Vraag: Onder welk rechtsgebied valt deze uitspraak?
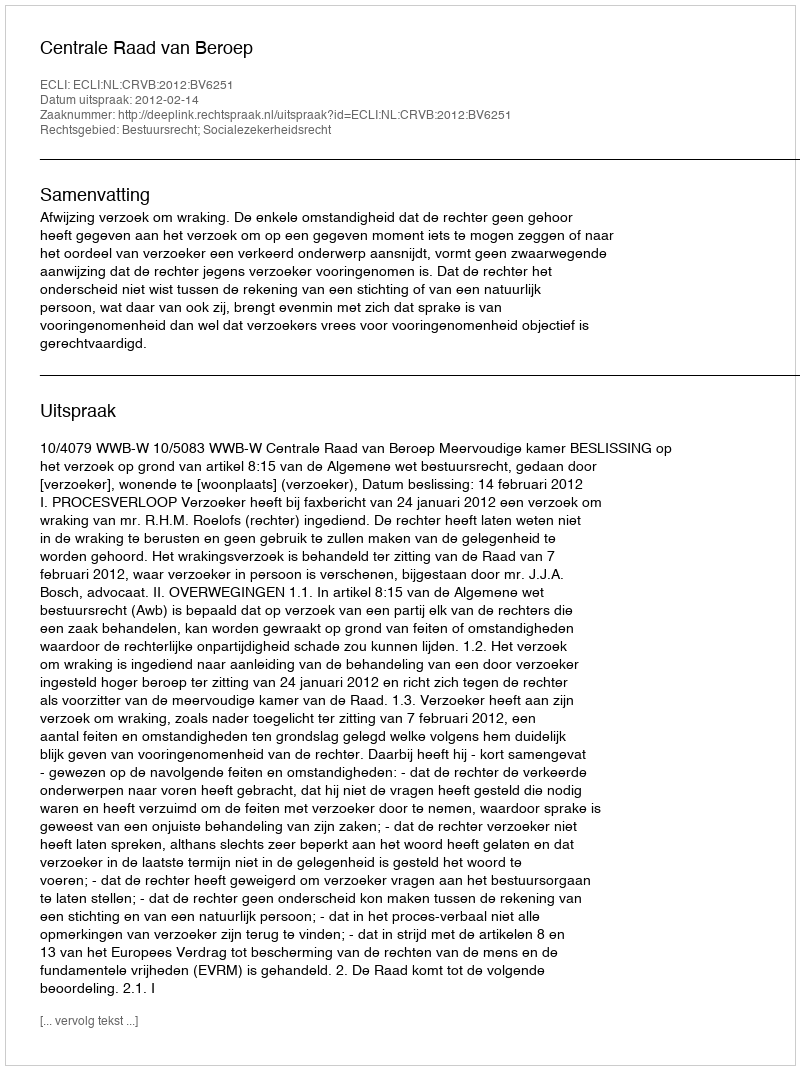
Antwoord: Bestuursrecht; Socialezekerheidsrecht